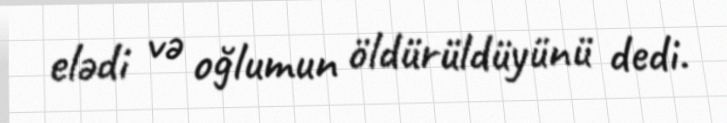
elədi və oğlumun öldürüldüyünü dedi.